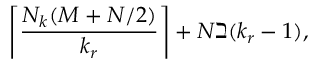
\left\lceil \frac { N _ { k } ( M + N / 2 ) } { k _ { r } } \right\rceil + N \beth ( k _ { r } - 1 ) ,